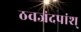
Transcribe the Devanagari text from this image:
ठवजंदपांश्